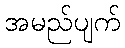
အမည်ပျက်